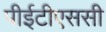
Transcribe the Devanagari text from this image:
पीईटीएससी